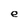
Character: e